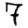
Digit: 7